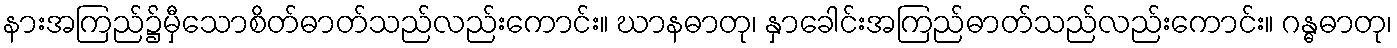
နားအကြည်၌မှီသောစိတ်ဓာတ်သည်လည်းကောင်း။ ဃာနဓာတု၊ နှာခေါင်းအကြည်ဓာတ်သည်လည်းကောင်း။ ဂန္ဓဓာတု၊